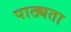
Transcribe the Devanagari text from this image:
पाठ्यता